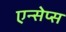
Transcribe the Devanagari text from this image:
एन्सेप्स